65_HS1-834228961_62-HQ-83894_Section_4
Agency: FBI
Page 3
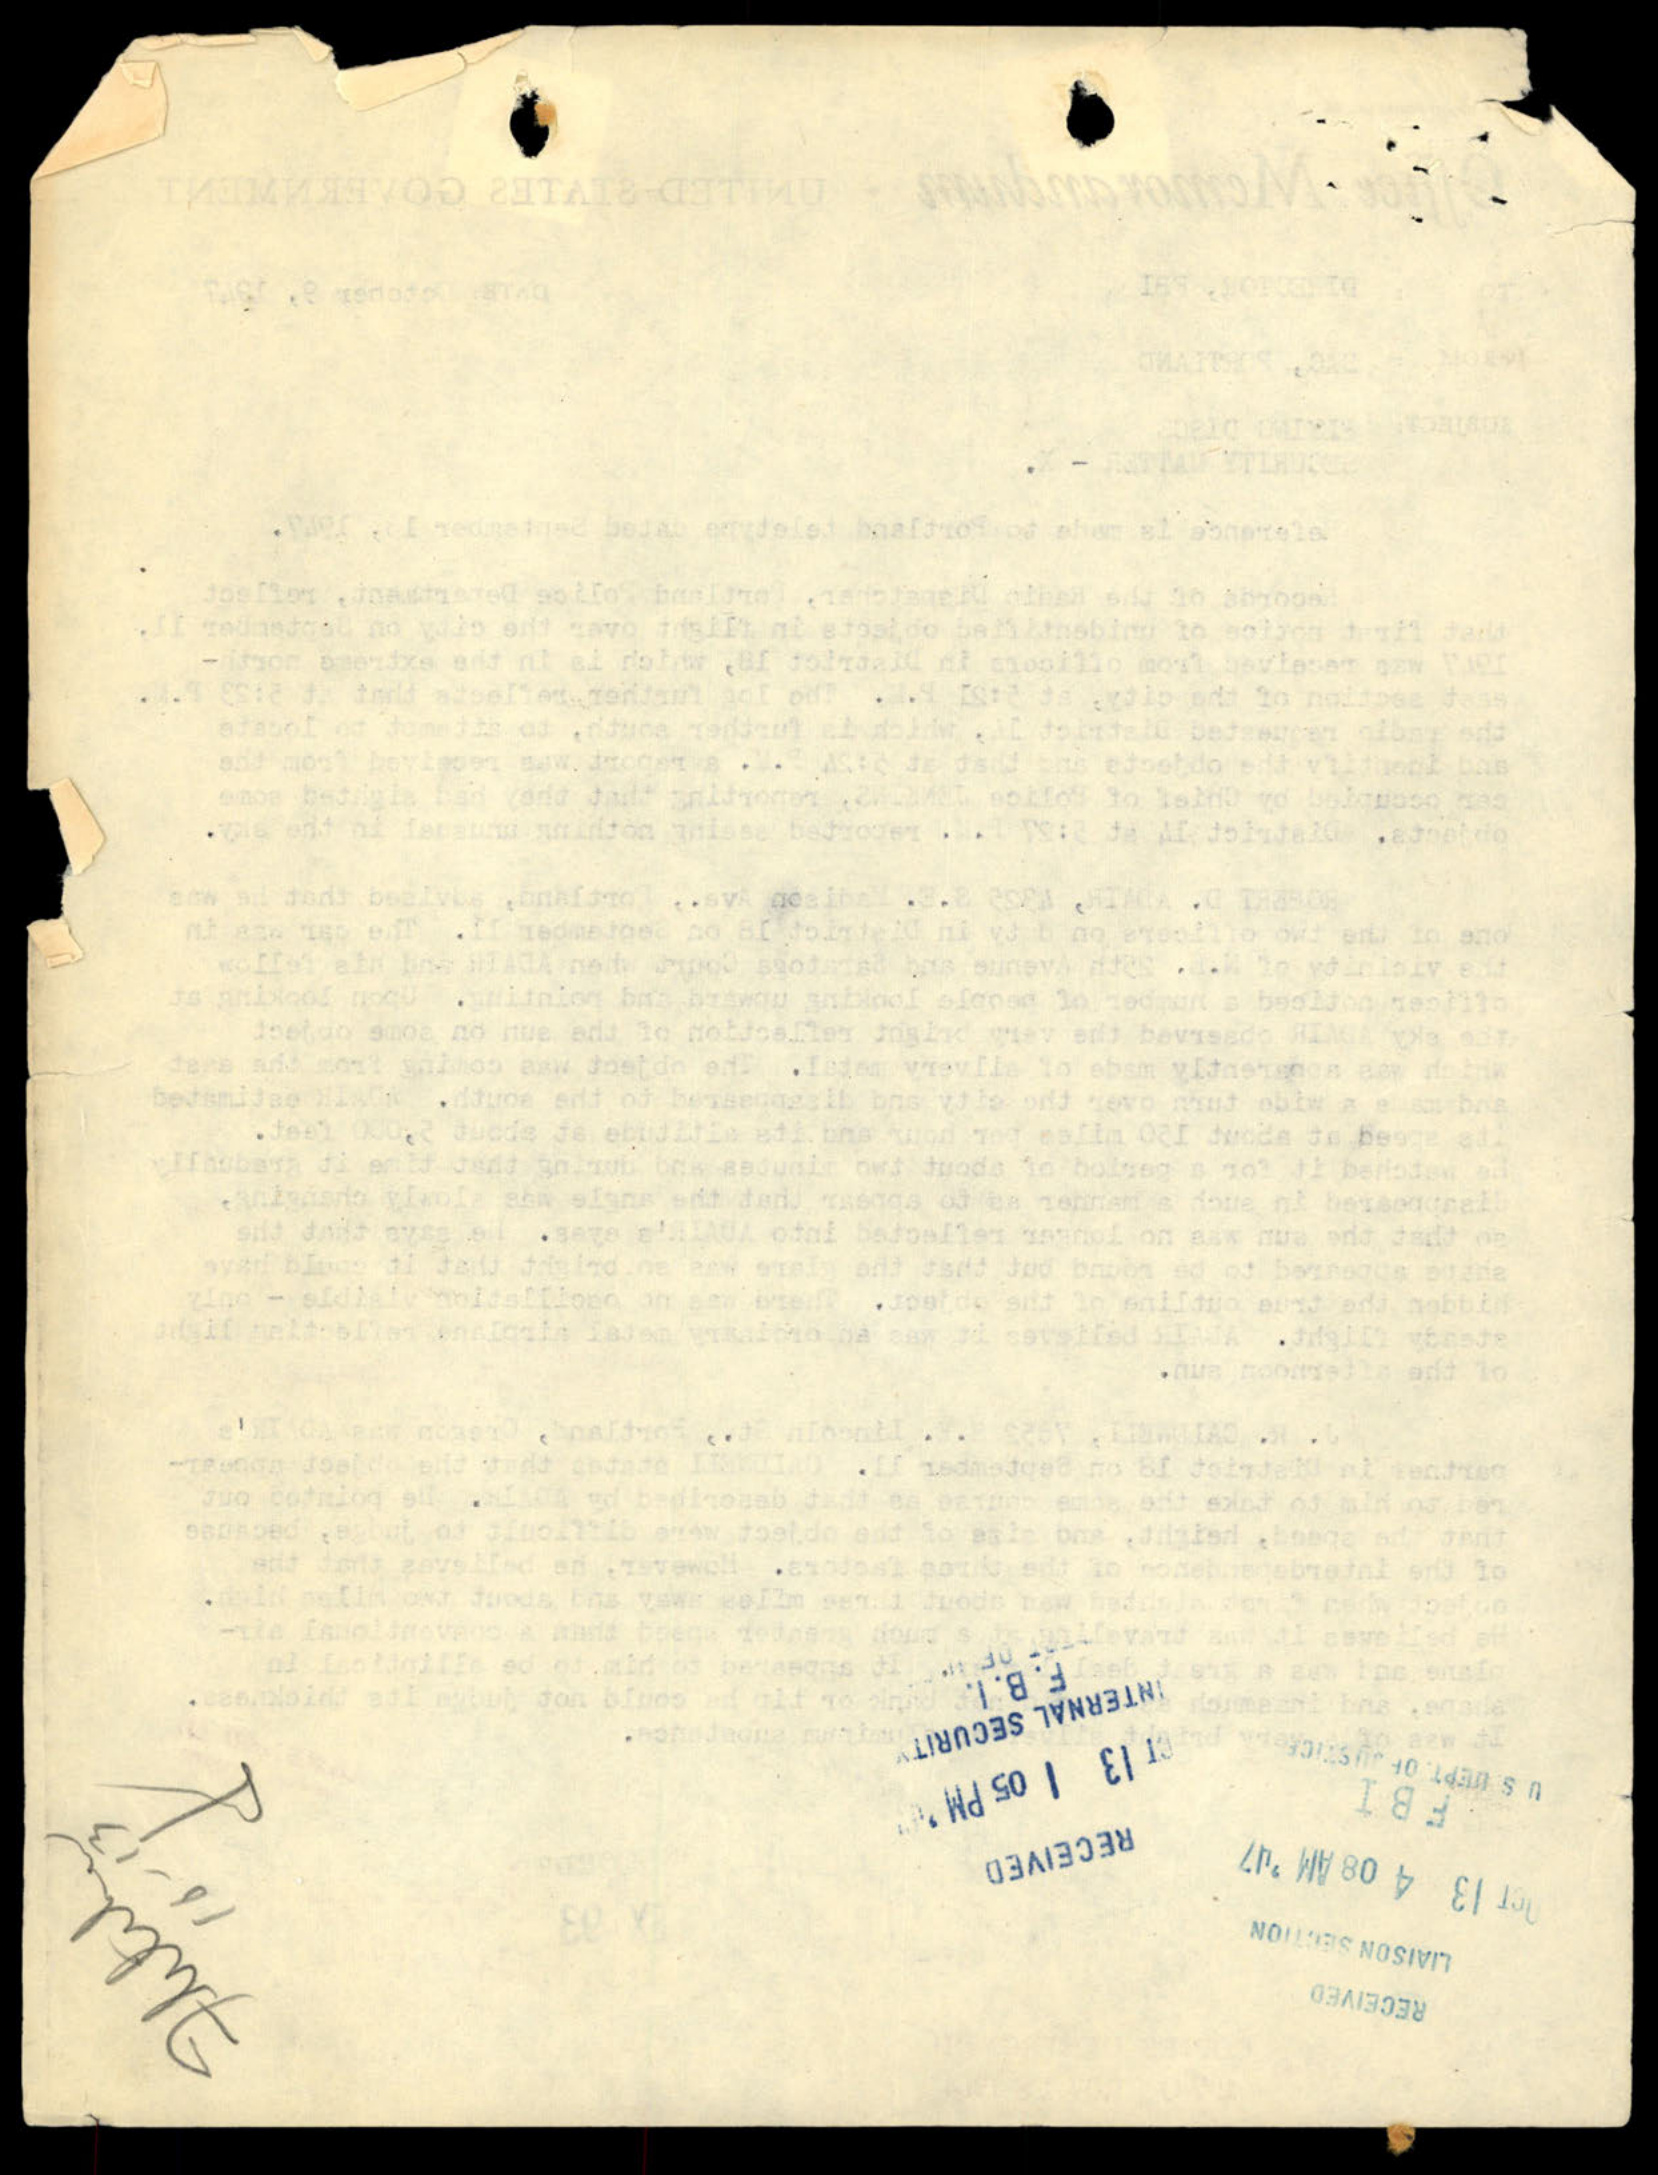